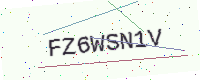
Text: FZ6WSN1V